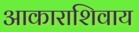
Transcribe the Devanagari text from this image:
आकाराशिवाय